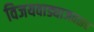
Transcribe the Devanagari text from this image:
विजयवाड्याजवळच